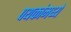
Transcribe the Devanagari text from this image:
पथकांमध्ये